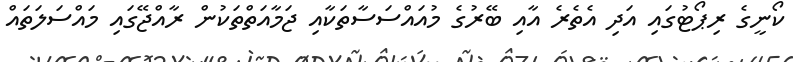
ކޯނީގެ ރިޕޯޓުގައި އަދި އެތެރެ އާއި ބޭރުގެ މުއައްސަސާތަކާއި ޖަމާއަތްތަކުން ރާއްޖޭގައި މައްސަލަތައް